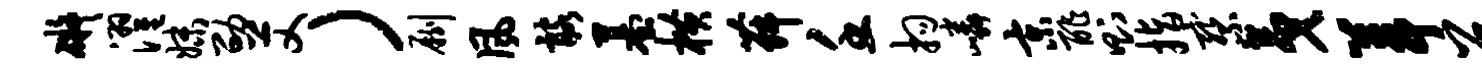
碍濯妹劭艾）劂风髂墓横舞壬拘嶙京酢则指察夷葺召